Scottish Leaving Certificate Examination, 1957
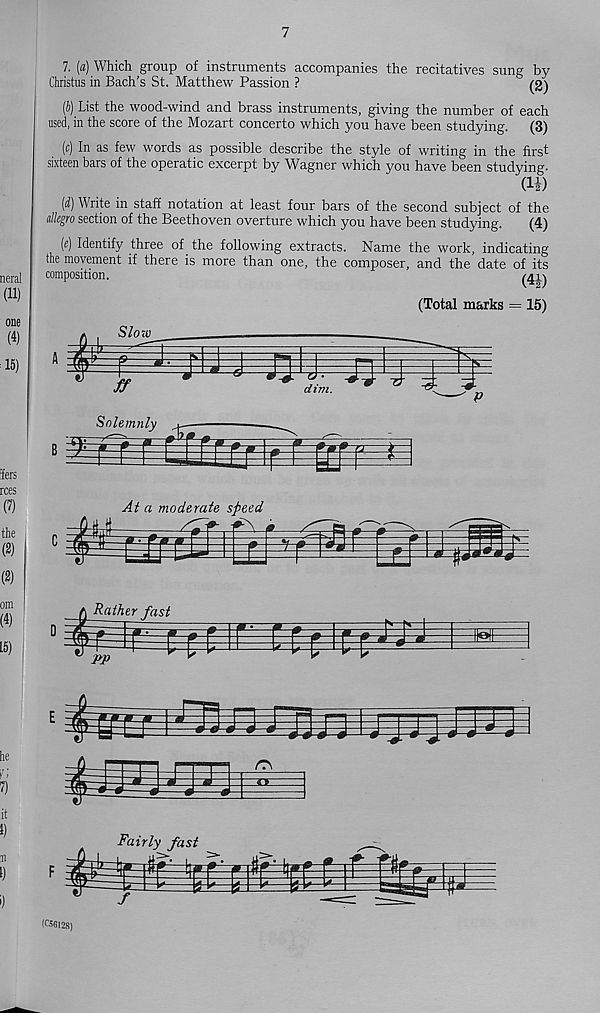
7
7. [a) Which group of instruments accompanies the recitatives sung by
Christas in Bach’s St. Matthew Passion ?
(2)
(J) List the wood-wind and brass instruments, giving the number of each
used, in the score of the Mozart concerto which you have been studying. (3)
(c) In as few words as possible describe the style of writing in the first
sixteen bars of the operatic excerpt by Wagner which you have been studying.
(i£)
(d) Write in staff notation at least four bars of the second subject of the
allegro section of the Beethoven overture which you have been studying.
(4)
(e) Identify three of the following extracts. Name the work, indicating
the movement if there is more than one, the composer, and the date of its
composition.
^41^
(Total marks = 15)
Slow
ff
Solemnly
£
r HTrrf
(C5612S)